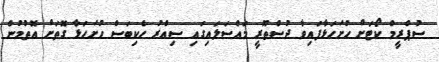
ސުޕްރީމް ކޯޓަށް ހުށަހަޅާފައިވާ ދުސްތޫރީ މައްސަލައިގައި ސިއްރު ހެކިބަސް ހުށަހަޅާ ގޮތަށް އޮތުމުން